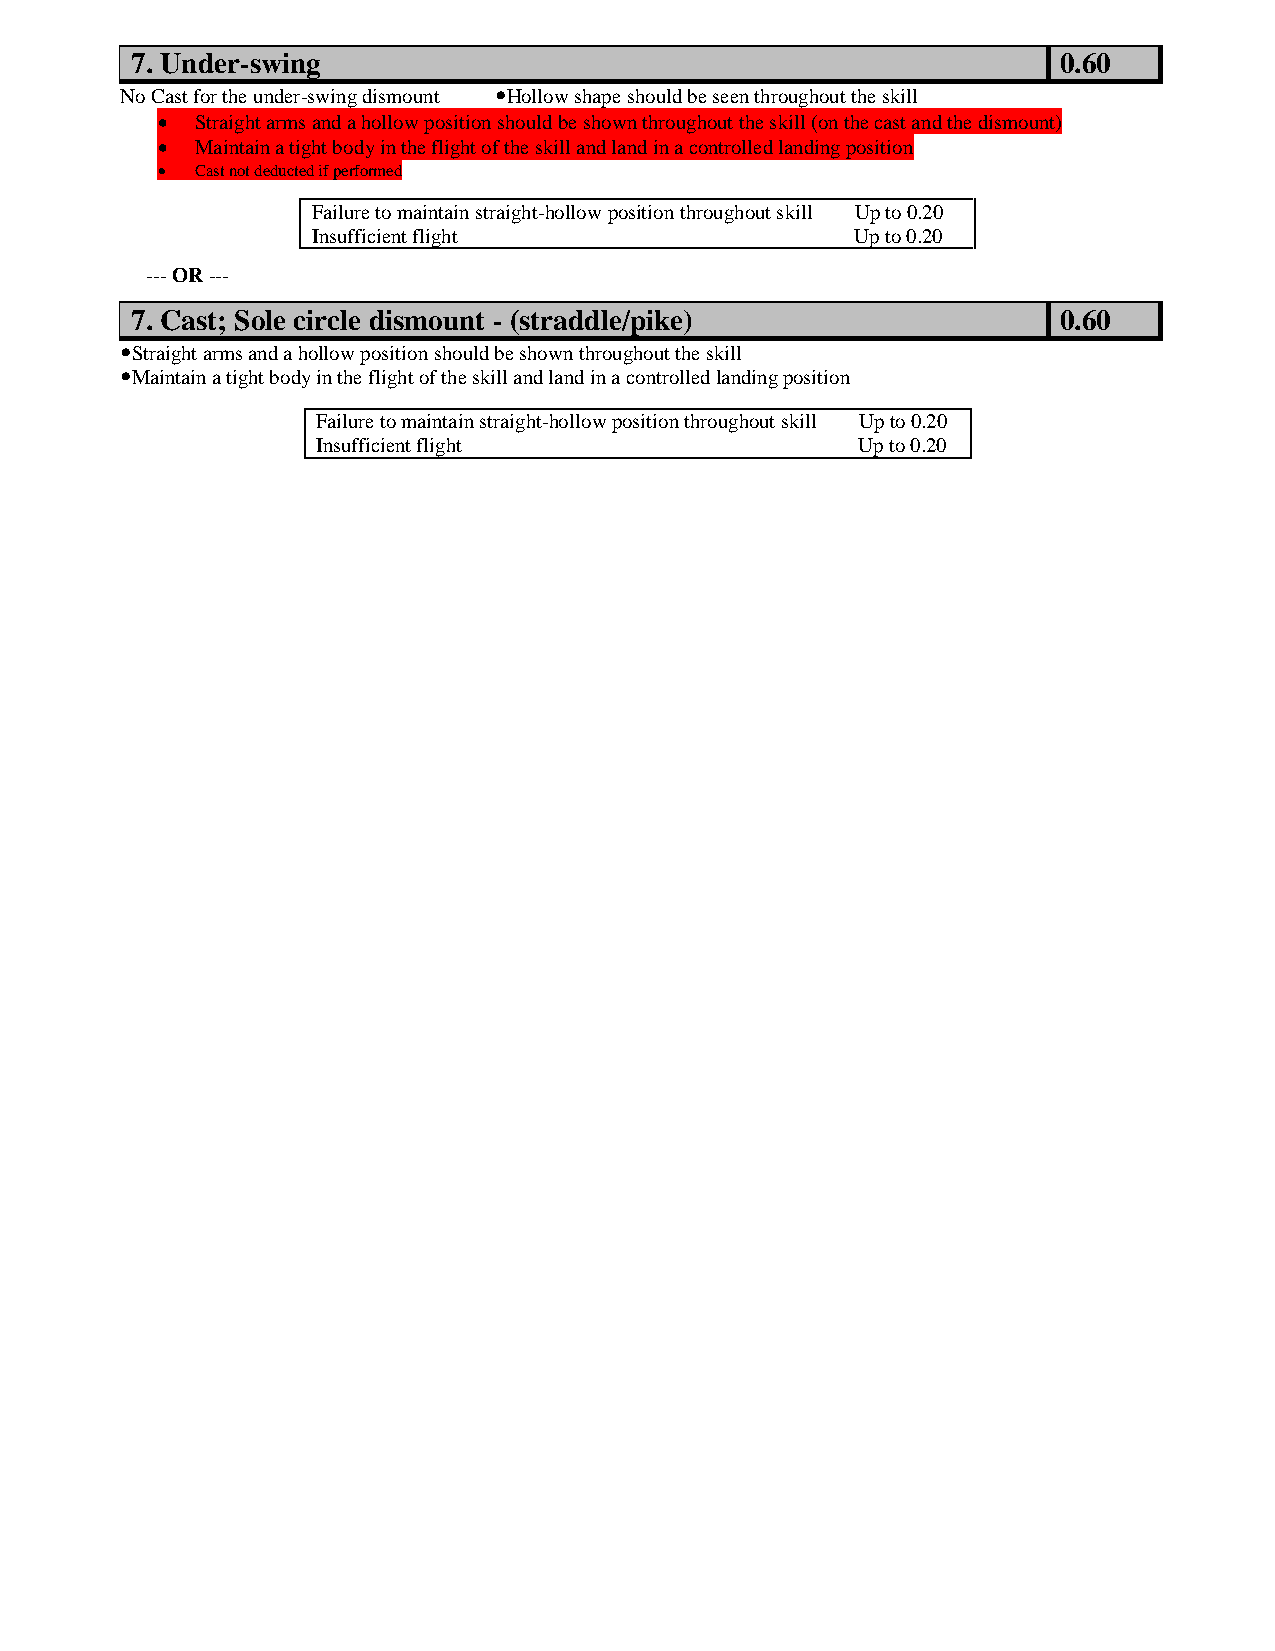
7. Under-swing                                               0.60
 No Cast for the under-swing dismount Hollow shape should be seen throughout the skill
   Straight arms and a hollow position should be shown throughout the skill (on the cast and the dismount)
   Maintain a tight body in the flight of the skill and land in a controlled landing position
   Cast not deducted if performed
 Failure to maintain straight-hollow position throughout skill Up to 0.20
 Insufficient flight                 Up to 0.20
 --- OR ---
 7. Cast; Sole circle dismount - (straddle/pike)              0.60
 Straight arms and a hollow position should be shown throughout the skill
 Maintain a tight body in the flight of the skill and land in a controlled landing position
 Failure to maintain straight-hollow position throughout skill Up to 0.20
 Insufficient flight                 Up to 0.20